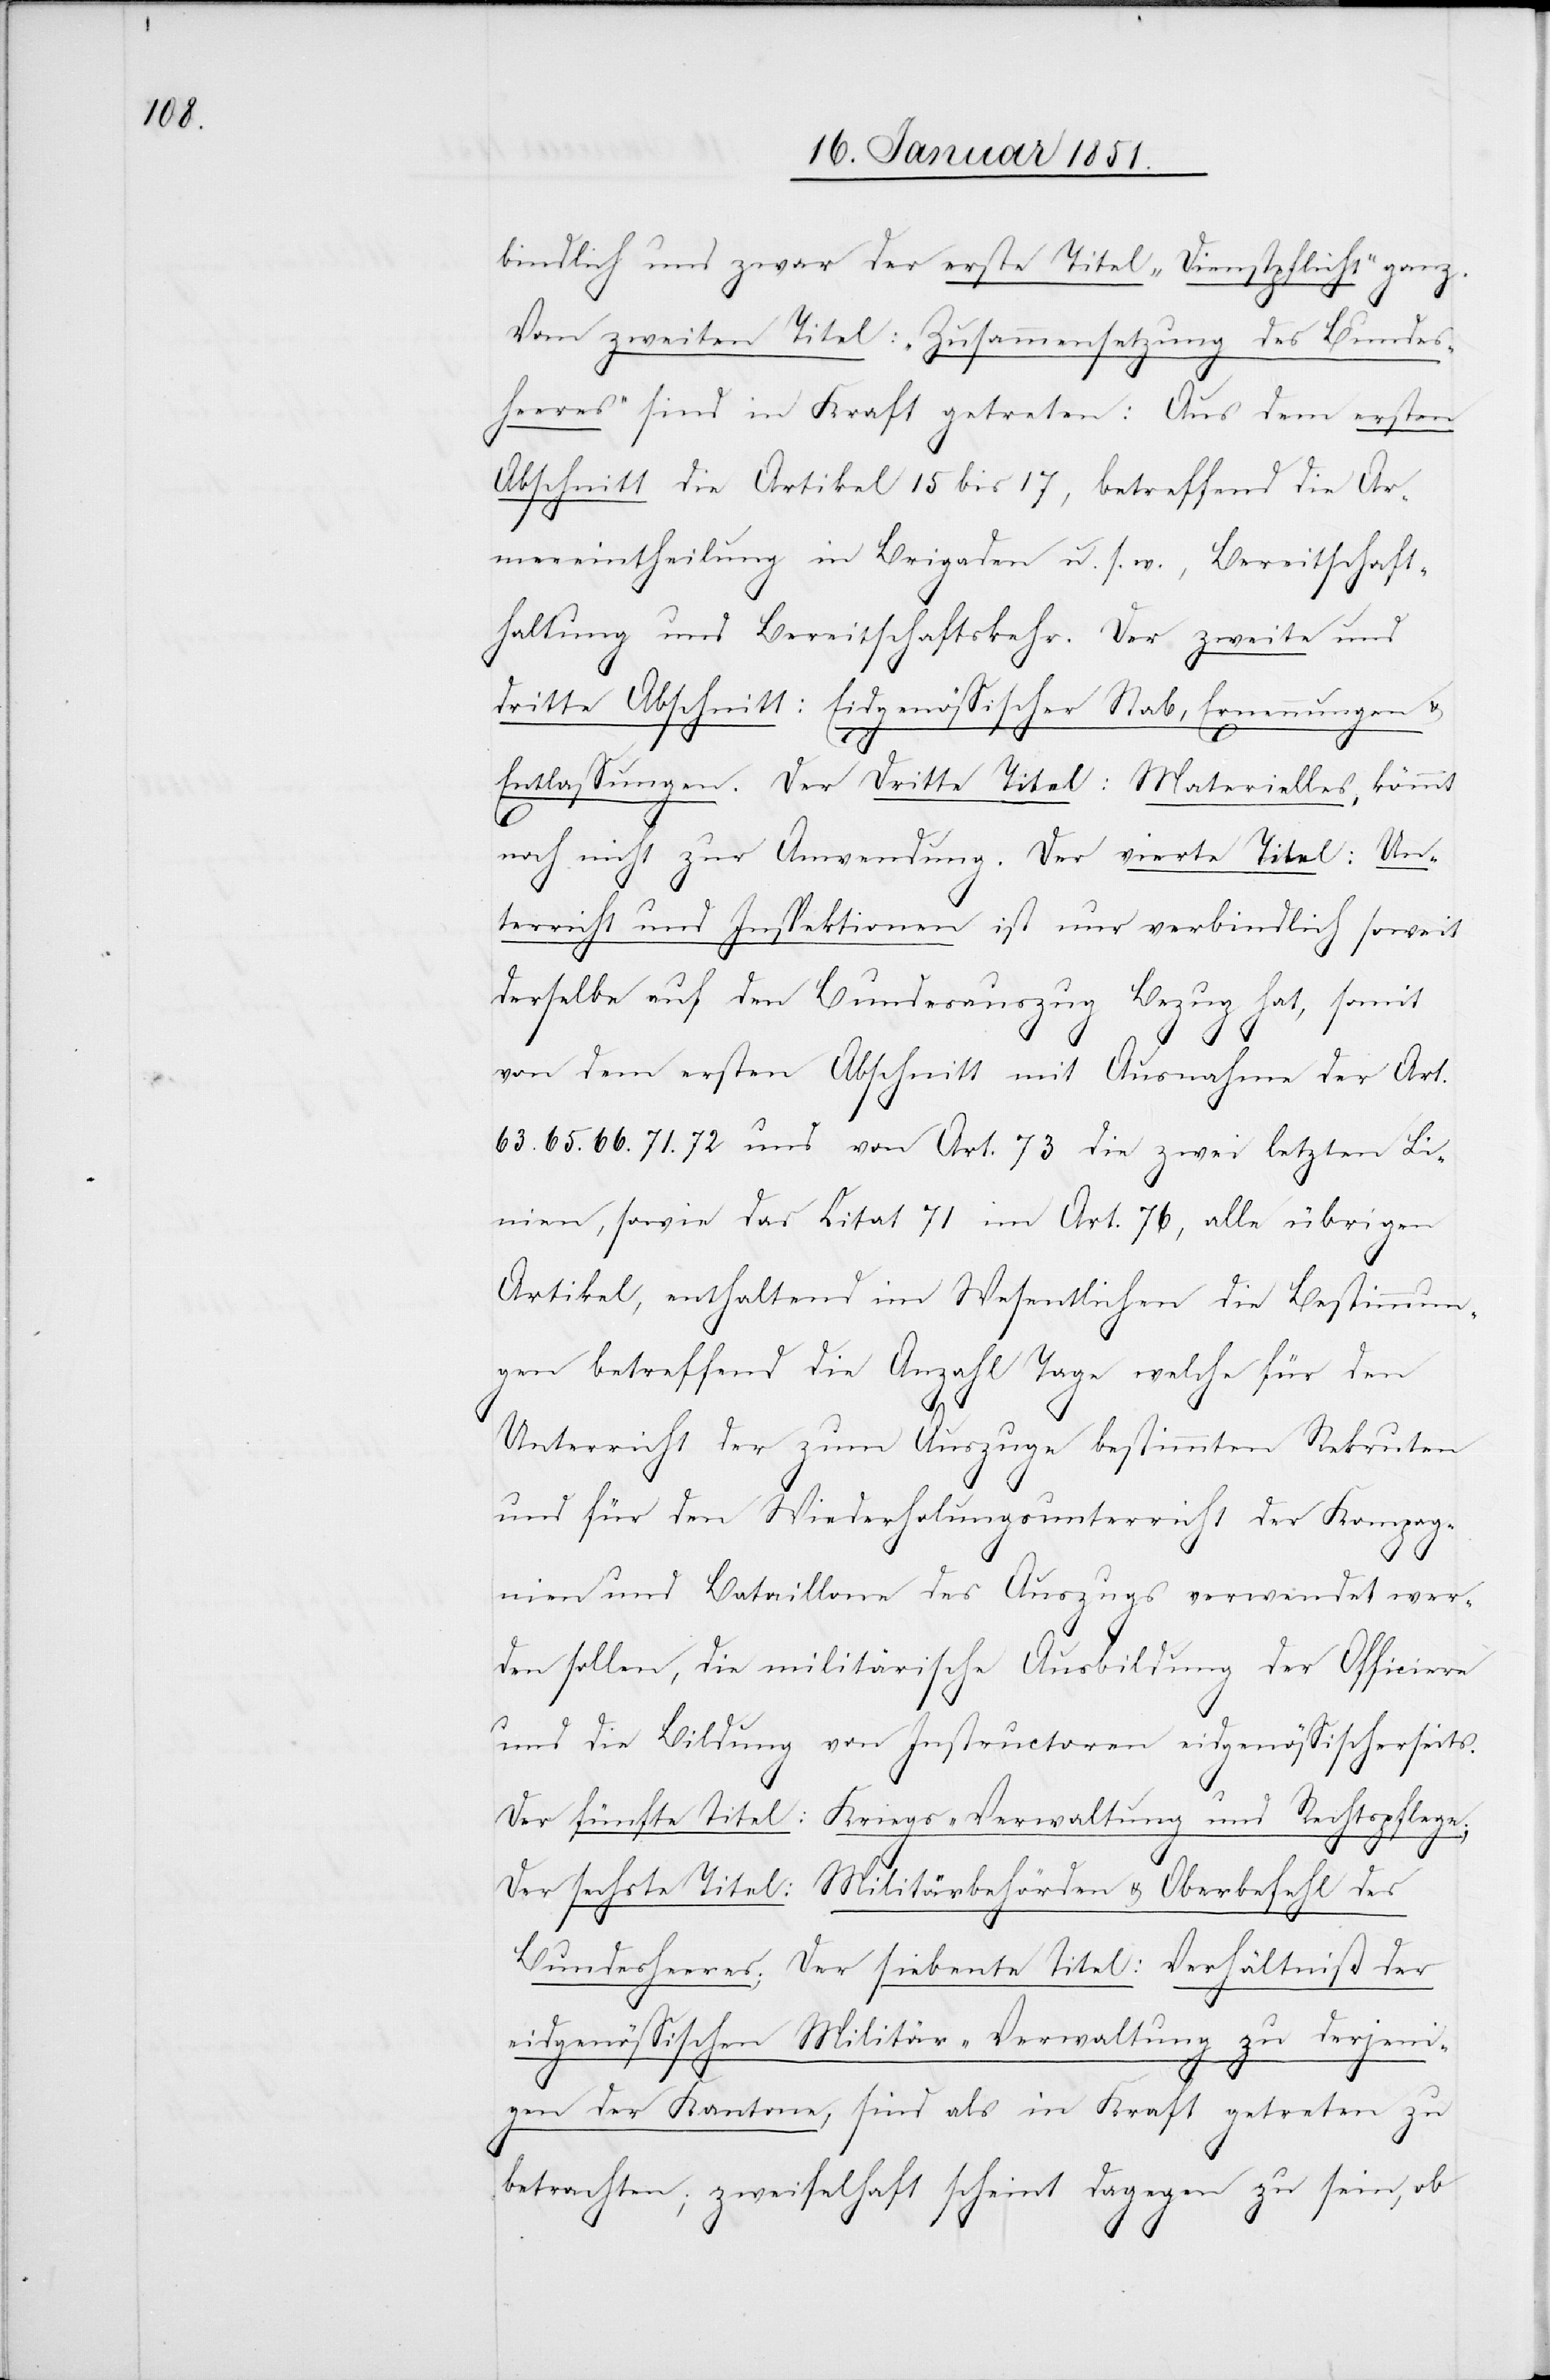
bindlich und zwar der erste Titel „Dienstpflicht“ ganz.
Vom zweiten Titel: „Zusammensetzung des Bundes¬
heeres“ sind in Kraft getreten: Aus dem ersten
Abschnitt die Artikel 15 bis 17, betreffend die Ar¬
meeeintheilung in Brigaden u. s. w., Bereitschaft¬
haltung und Bereitschaftskehr. Der zweite und
dritte Abschnitt: Eidgenössischer Stab, Ernennungen
Entlassungen. Der Dritte Titel: Materielles, kömmt
noch nicht zur Anwendung. Der vierte Titel: Un¬
terricht und Inspektionen ist nur verbindlich soweit
derselbe auf den Bundesauszug Bezug hat, somit
von dem ersten Abschnitt mit Ausnahme der Art.
66.[,] 71.[,] 72 und von Art. 73 die zwei letzten Li¬
nien, sowie das Citat 71 im Art. 76, alle übrigen
Artikel, enthaltend im Wesentlichen die Bestimmun¬
gen betreffend die Anzahl Tage welche für den
Unterricht der zum Auszuge bestimmten Rekruten
und für den Wiederholungsunterricht der Kompag¬
nien und Bataillone des Auszugs verwendet wer¬
den sollen, die militärische Ausbildung der Officiere
und die Bildung von Instructoren eidgenössischerseits.
Der fünfte Titel: Kriegs-Verwaltung und Rechtspflege;
Der sechste Titel: Militärbehörden & Oberbefehl des
Bundesheeres; Der siebente Titel: Verhältniß der
eidgenössischen Militär-Verwaltung zu derjeni¬
gen der Kantone, sind als in Kraft getreten zu
betrachten; zweifelhaft scheint dagegen zu sein, ob